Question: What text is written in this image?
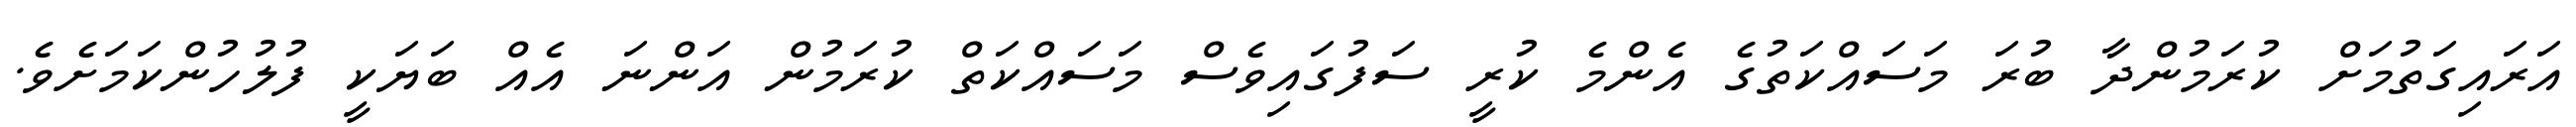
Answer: އަރައިގަތުމަށް ކުރަމުންދާ ބުރަ މަސައްކަތުގެ އެންމެ ކުރީ ސަފުގައިވެސް މަސައްކަތް ކުރަމުން އަންނަ އެއް ބަޔަކީ ފުލުހުންކަމަށެވެ.